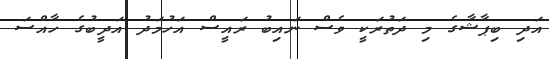
އަދި ބިޕާޝާގެ މި ދަތުރަކީ ވެސް ނައިބު ރައީސް އަހުމަދު އަދީބުގެ ހާއްސަ